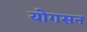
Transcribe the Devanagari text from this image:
योगसन